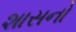
શાસનો